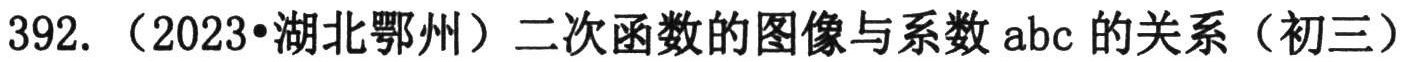
392. （2023•湖北鄂州）二次函数的图像与系数 \(abc\) 的关系（初三）